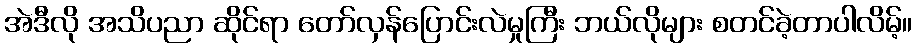
အဲဒီလို အသိပညာ ဆိုင်ရာ တော်လှန်ပြောင်းလဲမှုကြီး ဘယ်လိုများ စတင်ခဲ့တာပါလိမ့်။